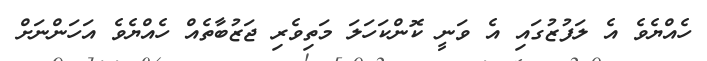
ހެއްޔެވެ އެ ލަފުޒުގައި އެ ވަނީ ކޮންކަހަލަ މަތިވެރި ޖަޒުބާތެއް ހެއްޔެވެ އަހަންނަށް